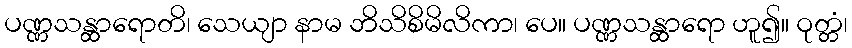
ပဏ္ဏသန္ထာရောတိ၊ သေယျာ နာမ ဘိသိစိမိလိကာ၊ ပေ။ ပဏ္ဏသန္ထာရော ဟူ၍။ ဝုတ္တံ၊